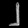
Digit: ၂